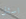
اسئل